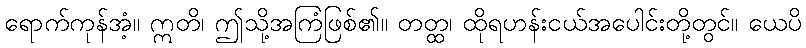
ရောက်ကုန်အံ့။ ဣတိ၊ ဤသို့အကြံဖြစ်၏။ တတ္ထ၊ ထိုရဟန်းငယ်အပေါင်းတို့တွင်။ ယေပိ